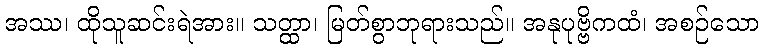
အဿ၊ ထိုသူဆင်းရဲအား။ သတ္ထာ၊ မြတ်စွာဘုရားသည်။ အနုပုဗ္ဗိကထံ၊ အစဉ်သော